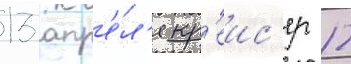
13 апр'е́л'я кр'еис'ер 12